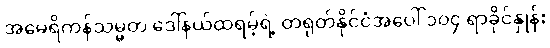
အမေရိကန်သမ္မတ ဒေါ်နယ်ထရမ့်ရဲ့ တရုတ်နိုင်ငံအပေါ် ၁၀၄ ရာခိုင်နှုန်း